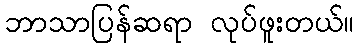
ဘာသာပြန်ဆရာ လုပ်ဖူးတယ်။